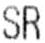
SR